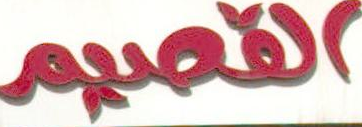
القصيم